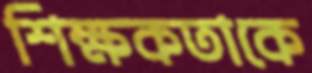
শিক্ষকতাকে